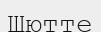
Шютте